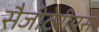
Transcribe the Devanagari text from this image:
सैजीटेरीयस